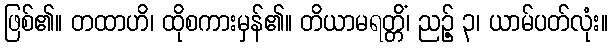
ဖြစ်၏။ တထာဟိ၊ ထိုစကားမှန်၏။ တိယာမရတ္တိံ၊ ညဉ့် ၃၊ ယာမ်ပတ်လုံး။